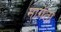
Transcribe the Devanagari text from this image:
मागॅता